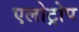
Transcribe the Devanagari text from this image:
एलोट्रोप